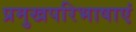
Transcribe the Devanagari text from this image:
प्रमुखपरिभाषाएं